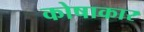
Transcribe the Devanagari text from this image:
कोषाकार